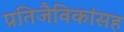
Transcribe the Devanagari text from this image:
प्रतिजैविकांसह